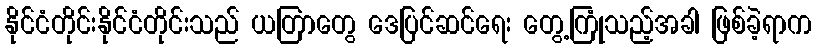
နိုင်ငံတိုင်းနိုင်ငံတိုင်းသည် ယတြာတွေ ဒေပြင်ဆင်ရေး တွေ့ကြုံသည့်အခါ ဖြစ်ခဲ့ရာက